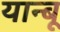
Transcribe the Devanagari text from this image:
यान्बू